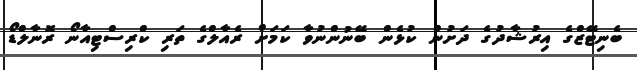
ބެނިޓޭޒްގެ އިރުޝާދުގެ ދަށުން ކުޅެން ބޭނުންނުވާ ކަމަށް ރެއާލްގެ ތަރި ކްރިސްޓިއާނޯ ރޮނާލްޑޯ